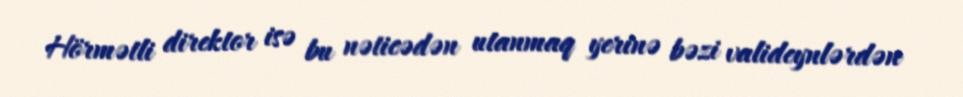
Hörmətli direktor isə bu nəticədən utanmaq yerinə bəzi valideynlərdən